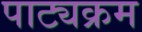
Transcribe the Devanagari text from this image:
पाट्यक्रम